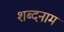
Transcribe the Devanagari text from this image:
शब्दनाम